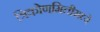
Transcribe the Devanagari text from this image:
त्रिकोणमितीमध्ये